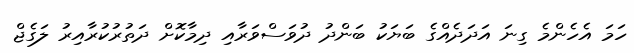
ހަމަ އެހެންމެ ގިނަ އަދަދެއްގެ ބަޔަކު ބަންދު ދުވަސްވަރާއި ދިމާކޮށް ދަތުރުކުރާއިރު ލަގެޖް